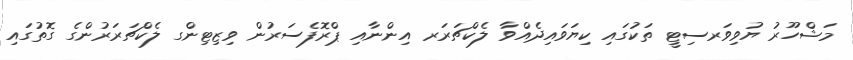
މަޝްހޫރު ޔުވިވަރސިޓީ ތަކުގައި ކިޔަވައިދެއްވާ ލެކްޗަރަރ އިންނާއި ޕްރޮފެސަރުން ވިޒިޓިންގ ލެކްޗަރަރުންގެ ގޮތުގައި